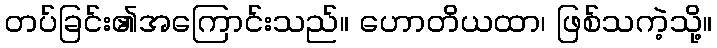
တပ်ခြင်း၏အကြောင်းသည်။ ဟောတိယထာ၊ ဖြစ်သကဲ့သို့။